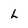
Character: L